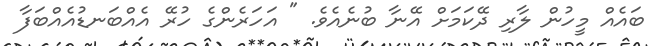
ބައެއް މީހުން ލާރި ދޭކަމަށް އޭނާ ބުނެއެވެ. " އަހަރެންގެ ހުރޭ އެއްބަނޑުއެއްބަފާ